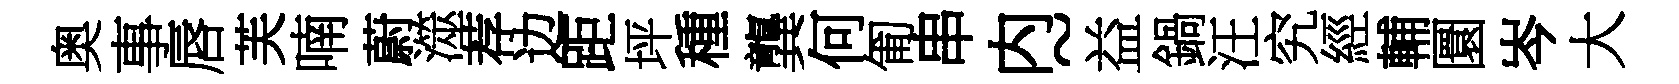
奥事唇芙喃蔚澨荐边距坪種龔何匍串内~益鍋汪究經輔圜岑大